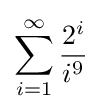
\sum _{i=1}^{\infty }{\frac {2^{i}}{i^{9}}}